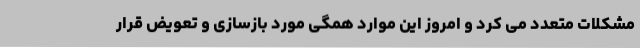
مشکلات متعدد می کرد و امروز این موارد همگی مورد بازسازی و تعویض قرار